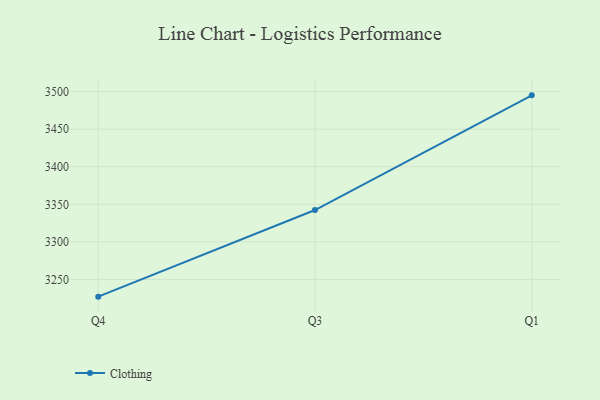
{"axis": {"x": "Quarter", "y": "Inventory Turnover"}, "legend": ["Clothing"], "data": [{"x": "Q4", "y": 3227.1, "type": "Clothing"}, {"x": "Q3", "y": 3342.4, "type": "Clothing"}, {"x": "Q1", "y": 3495.0, "type": "Clothing"}]}